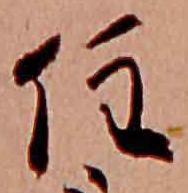
住